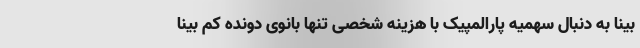
بینا به دنبال سهمیه پارالمپیک با هزینه شخصی تنها بانوی دونده کم بینا